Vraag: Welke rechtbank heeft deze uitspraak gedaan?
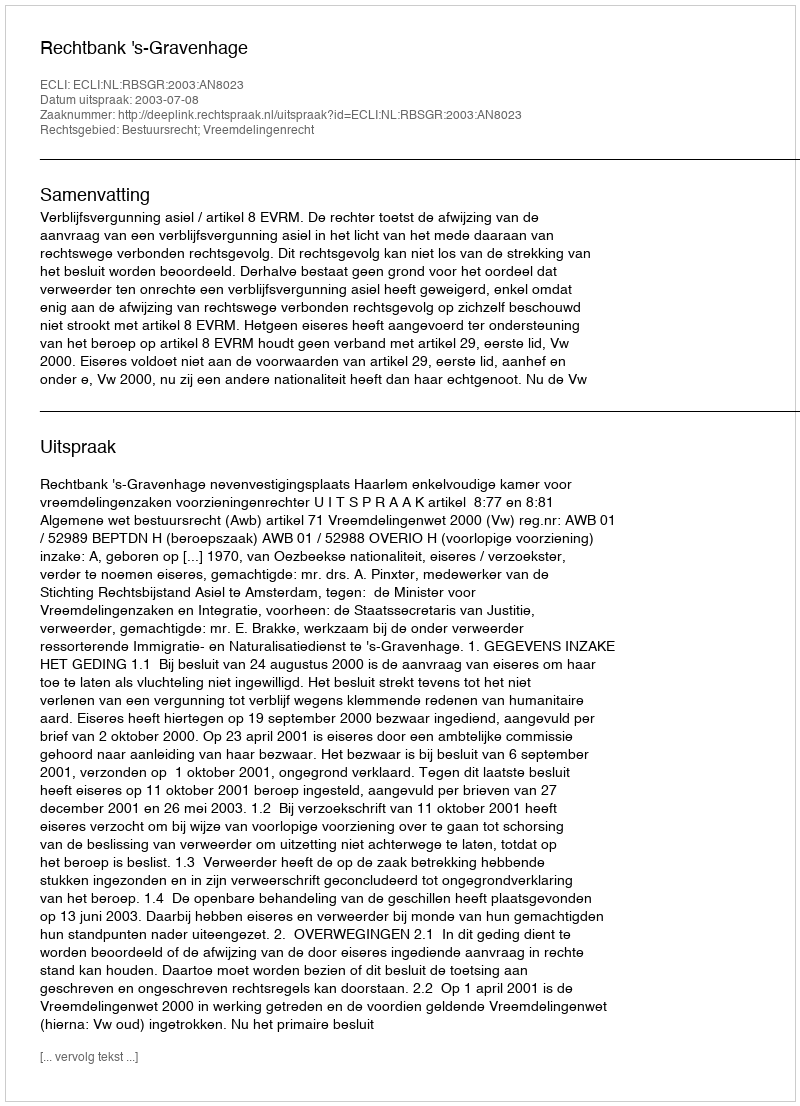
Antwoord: Rechtbank 's-Gravenhage